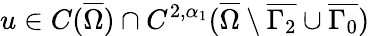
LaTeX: u\in C(\overline{{\Omega}})\cap C^{2,\alpha_{1}}(\overline{{\Omega}}\setminus\overline{{\Gamma_{2}}}\cup\overline{{\Gamma_{0}}})